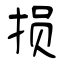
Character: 损